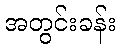
အတွင်းခန်း